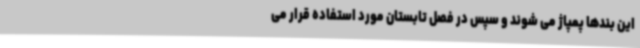
این بندها پمپاژ می شوند و سپس در فصل تابستان مورد استفاده قرار می